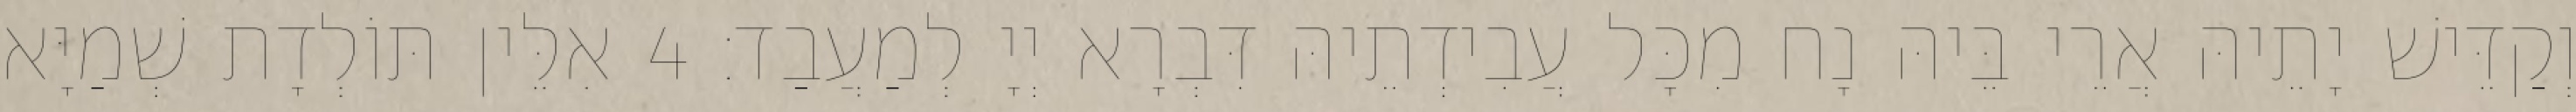
וְקַדֵּישׁ יָתֵיהּ אֲרֵי בֵּיהּ נָח מִכָּל עֲבִידְתֵיהּ דִּבְרָא יְיָ לְמַעֲבַד׃ 4 אִלֵּין תּוֹלְדָת שְׁמַיָּא